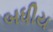
બધીય